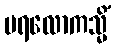
ပရလောကသ္မိံ